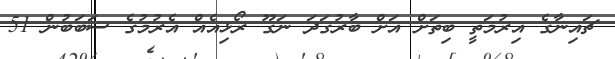
ޗައިނާގެ އިރުމަތީ ބިތަށް އަށް ބާރުގަދަ ނަގޫ ރޯޅިއެއް އެރުމުގެ ސަބަބުން 51